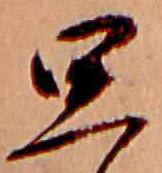
思